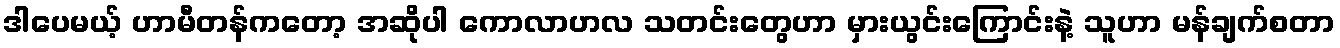
ဒါပေမယ့် ဟာမီတန်ကတော့ အဆိုပါ ကောလာဟလ သတင်းတွေဟာ မှားယွင်းကြောင်းနဲ့ သူဟာ မန်ချက်စတာ